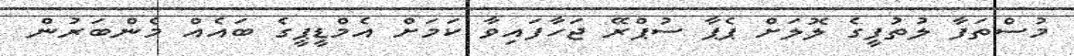
މުސްތަފާ ލުތުފީގެ ލޮލަށް ޕެޕާ ސުޕްރޭ ޖަހާފައިވާ ކަމަށް އެމްޑީޕީގެ ބައެއް މެންބަރުން